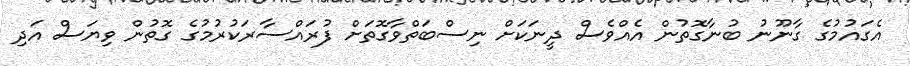
އެގައުމުގެ ގާނޫނު ބުނާގޮތުން އެއްވެސް ދީނަކަށް ނިސްބަތްވާގޮތަށް ފުރައްސާރަކުރުމުގެ ގޮތުން ވިޔަސް އަދި